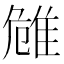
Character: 𨾼